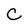
Character: C